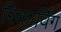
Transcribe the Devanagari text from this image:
रिकार्विंग